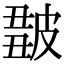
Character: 𤿿